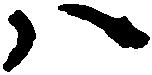
ハ